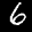
Label: 6